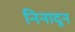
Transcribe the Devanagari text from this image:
निनादून